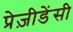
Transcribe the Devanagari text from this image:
प्रेज़ीडेंसी